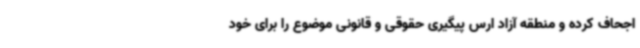
اجحاف کرده و منطقه آزاد ارس پیگیری حقوقی و قانونی موضوع را برای خود